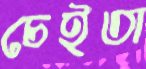
চেইতা